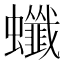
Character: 䘋